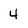
Character: 4